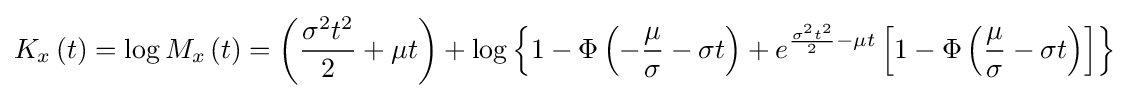
K_{x}\left(t\right)=\log {M_{x}\left(t\right)}=\left({\frac {\sigma ^{2}t^{2}}{2}}+\mu t\right)+\log {\left\lbrace 1-\Phi \left(-{\frac {\mu }{\sigma }}-\sigma t\right)+e^{{\frac {\sigma ^{2}t^{2}}{2}}-\mu t}\left[1-\Phi \left({\frac {\mu }{\sigma }}-\sigma t\right)\right]\right\rbrace }